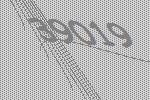
39019